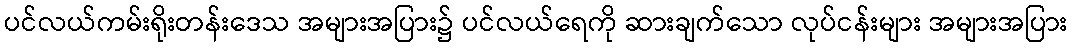
ပင်လယ်ကမ်းရိုးတန်းဒေသ အများအပြား၌ ပင်လယ်ရေကို ဆားချက်သော လုပ်ငန်းများ အများအပြား